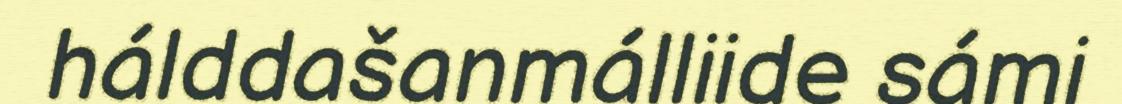
hálddašanmálliide sámi